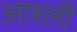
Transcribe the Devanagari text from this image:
आश्ली